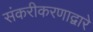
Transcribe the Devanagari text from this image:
संकरीकरणाद्वारे